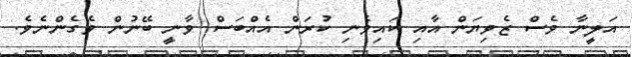
އަލީނާ ވެސް ޒެވިޔަން އާއި ކައިވެނި ކުރަން އެއްބަސް ވާނީ ބޭނުން ވެގެންނެވެ.